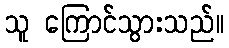
သူ ကြောင်သွားသည်။